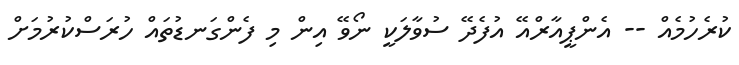
ކުރެހުމެއް -- އެންޕީއާރްއޭ އުފެދޭ ސުވާލަކީ ނޯވޭ އިން މި ފެންގަނޑުތައް ހުރަސްކުރުމަށް